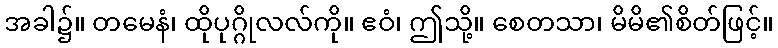
အခါ၌။ တမေနံ၊ ထိုပုဂ္ဂိုလလ်ကို။ ဧဝံ၊ ဤသို့။ စေတသာ၊ မိမိ၏စိတ်ဖြင့်။